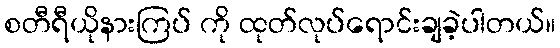
စတီရီယိုနားကြပ် ကို ထုတ်လုပ်ရောင်းချခဲ့ပါတယ်။